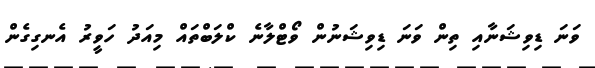
ވަނަ ޑިވިޝަނާއި ތިން ވަނަ ޑިވިޝަނުން ވޯޓްލާނެ ކްލަބްތައް މިއަދު ހަވީރު އެނގިގެން